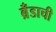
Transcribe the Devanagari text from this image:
ब्रँडाची